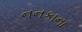
નનકાના